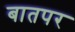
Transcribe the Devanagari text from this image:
बातपर